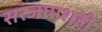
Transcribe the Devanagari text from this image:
सरंजामशही